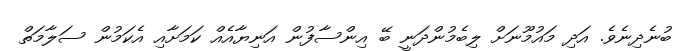
ބުނެދިނެވެ. އަދި މައުމޫނަށް ލިބެމުންދަނީ ބޭ އިންސާފުން އަނިޔާއެއް ކަމަށާއި އެކަމުން ސަލާމަތް